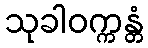
သုခါဝက္ကန္တံ